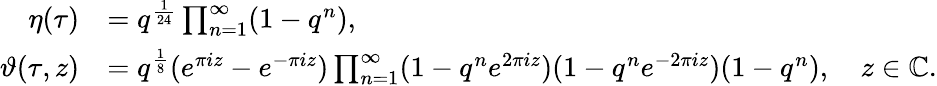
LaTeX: \begin{array}{rl}{\eta(\tau)}&{=q^{\frac{1}{24}}\prod_{n=1}^{\infty}(1-q^{n}),}\\ {\vartheta(\tau,z)}&{=q^{\frac{1}{8}}(e^{\pi iz}-e^{-\pi iz})\prod_{n=1}^{\infty}(1-q^{n}e^{2\pi iz})(1-q^{n}e^{-2\pi iz})(1-q^{n}),\quad z\in\mathbb C.}\end{array}